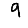
Digit: 9